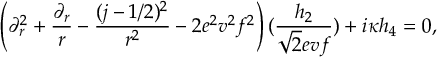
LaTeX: \left( \partial _ { r } ^ { 2 } + { \frac { \partial _ { r } } { r } } - { \frac { ( j - 1 / 2 ) ^ { 2 } } { r ^ { 2 } } } - 2 e ^ { 2 } v ^ { 2 } f ^ { 2 } \right) ( { \frac { h _ { 2 } } { \sqrt { 2 } e v f } } ) + i \kappa h _ { 4 } = 0 ,